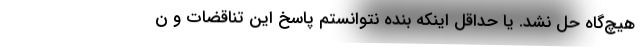
هیچ‌گاه حل نشد. یا حداقل اینکه بنده نتوانستم پاسخ این تناقضات و ن